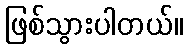
ဖြစ်သွားပါတယ်။